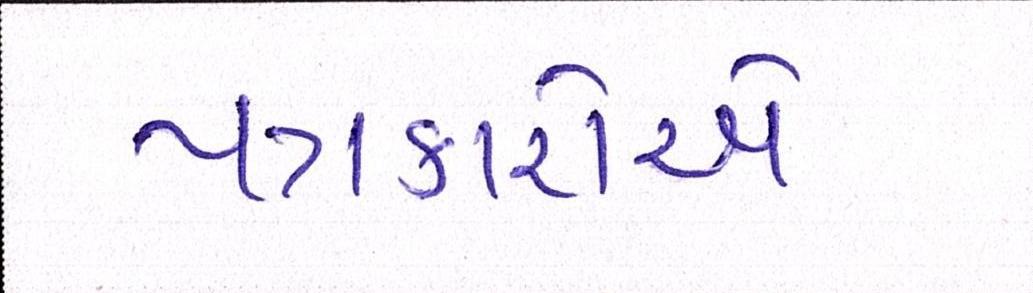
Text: પત્રકારોએ